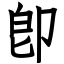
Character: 卽